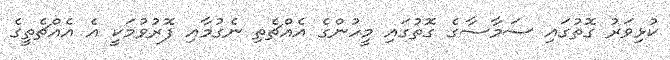
ކުޅިވަރު ގޮތުގައި ސަމާސާގެ ގޮތުގައި މީހުންގެ އެއްޗެތި ނެގުމާއި ފޮރުވުމަކީ އެ އެއްޗެތީގެ